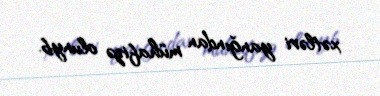
xətləri yanğından mühafizə olunyb.